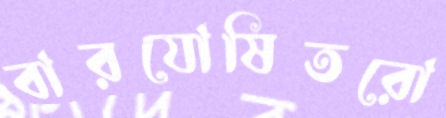
বারযোষিতরো